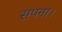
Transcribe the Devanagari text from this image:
सपना।